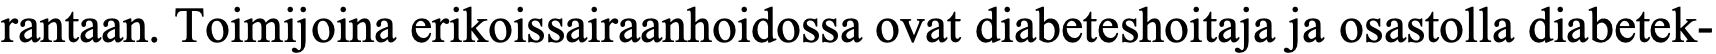
rantaan. Toimijoina erikoissairaanhoidossa ovat diabeteshoitaja ja osastolla diabetek-